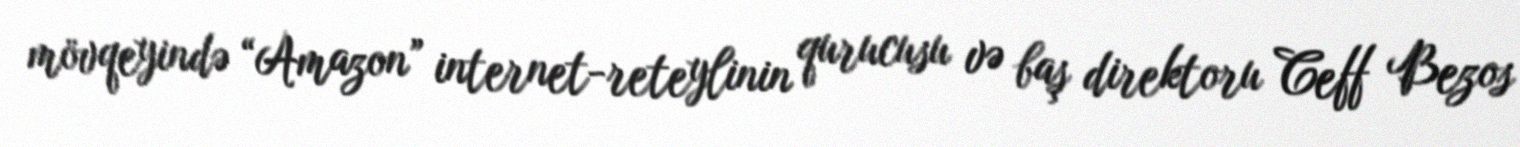
mövqeyində “Amazon” internet-reteylinin qurucusu və baş direktoru Ceff Bezos